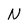
Character: N